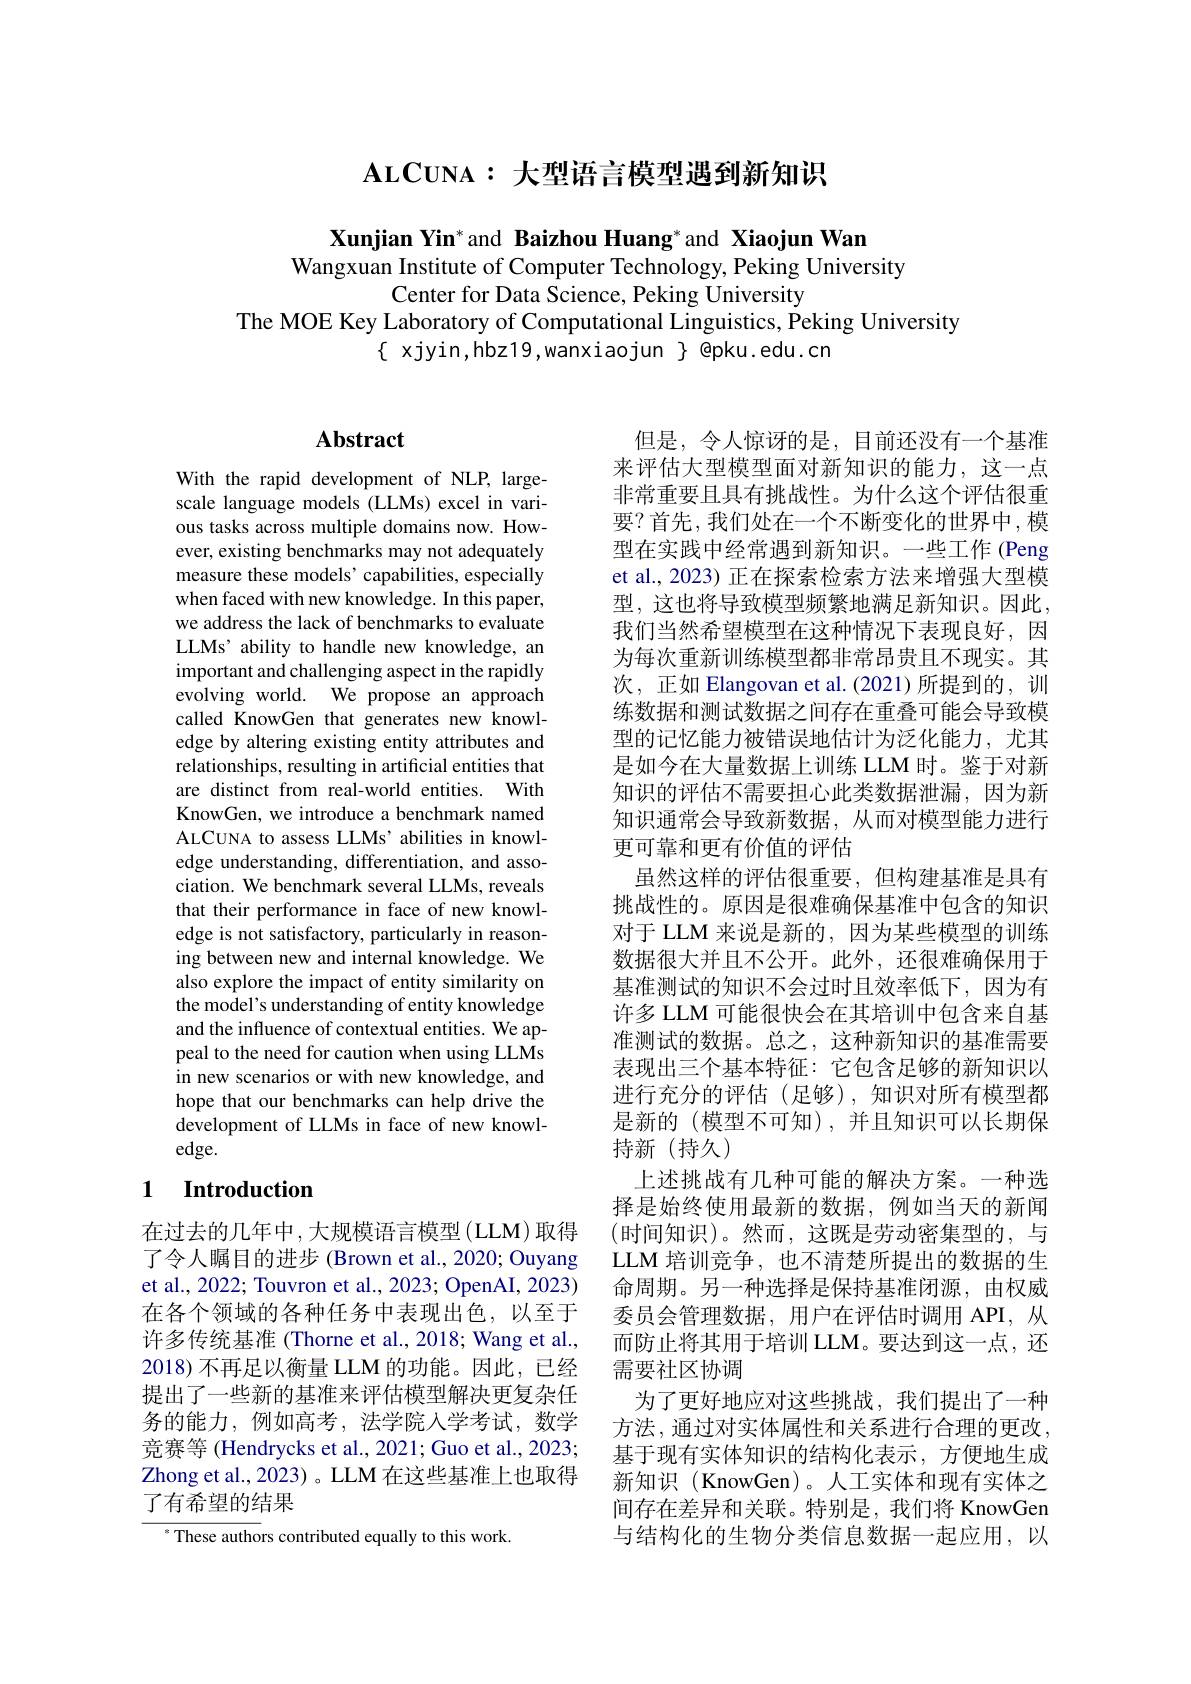
# $\mathbf{ALCUNA:}$大型语言模型遇到新知识

Xunjian Yin$^*$and Baizhou Huang*and Xiaojun Wan
Wangxuan Institute of Computer Technology, Peking University
Center for Data Science, Peking University
The MOE Key Laboratory of Computational Linguistics, Peking University
$\{$ xjyin,hbz19,wanxiaojun $\}$ @pku.edu.cn

# Abstract

With the rapid development of NLP, largescale language models (LLMs) excel in various tasks across multiple domains now. However, existing benchmarks may not adequately measure these models' capabilities, especially when faced with new knowledge. In this paper, we address the lack of benchmarks to evaluate LLMs’ ability to handle new knowledge, an important and challenging aspect in the rapidly evolving world. We propose an approach called KnowGen that generates new knowledge by altering existing entity attributes and relationships, resulting in artificial entities that are distinct from real-world entities. With KnowGen, we introduce a benchmark named ALCUNA to assess LLMs’ abilities in knowledge understanding, differentiation, and association. We benchmark several LLMs, reveals that their performance in face of new knowledge is not satisfactory, particularly in reasoning between new and internal knowledge. We also explore the impact of entity similarity on the model's understanding of entity knowledge and the influence of contextual entities. We appeal to the need for caution when using LLMs in new scenarios or with new knowledge, and hope that our benchmarks can help drive the development of LLMs in face of new knowledge.

## 1 Introduction

在过去的几年中，大规模语言模型(LLM)取得了令人瞩目的进步 (Brown et al., 2020; Ouyang et al., 2022; Touvron et al., 2023; OpenAI, 2023) 在各个领域的各种任务中表现出色，以至于许多传统基准 (Thorne et al., 2018; Wang et al., 2018)不再足以衡量 LLM 的功能。因此，已经提出了一些新的基准来评估模型解决更复杂任务的能力，例如高考，法学院人学考试，数学竞赛等 (Hendrycks et al., 2021; Guo et al., 2023; Zhong et al., 2023) 。LLM 在这些基准上也取得了有希望的结果

$^{*}$ These authors contributed equally to this work

但是，令人惊讶的是，目前还没有一个基准来评估大型模型面对新知识的能力，这一点非常重要且具有挑战性。为什么这个评估很重要？首先，我们处在一个不断变化的世界中，模型在实践中经常遇到新知识。一些工作 (Peng et al., 2023) 正在探索检索方法来增强大型模型，这也将导致模型频繁地满足新知识。因此， 我们当然希望模型在这种情况下表现良好，因为每次重新训练模型都非常昂贵且不现实。其次，正如 Elangovan et al.(2021)所提到的，训练数据和测试数据之间存在重叠可能会导致模型的记忆能力被错误地估计为泛化能力，尤其是如今在大量数据上训练 LLM 时。鉴于对新知识的评估不需要担心此类数据泄漏，因为新知识通常会导致新数据，从而对模型能力进行更可靠和更有价值的评估
虽然这样的评估很重要，但构建基准是具有挑战性的。原因是很难确保基准中包含的知识对于 LLM 来说是新的，因为某些模型的训练数据很大并且不公开。此外，还很难确保用于基准测试的知识不会过时且效率低下，因为有许多 LLM 可能很快会在其培训中包含来自基准测试的数据。总之，这种新知识的基准需要表现出三个基本特征：它包含足够的新知识以进行充分的评估(足够),知识对所有模型都是新的(模型不可知),并且知识可以长期保持新(持久)
上述挑战有几种可能的解决方案。一种选择是始终使用最新的数据，例如当天的新闻(时间知识)。然而，这既是劳动密集型的，与LLM 培训竞争，也不清楚所提出的数据的生命周期。另一种选择是保持基准闭源，由权威委员会管理数据，用户在评估时调用 API,从而防止将其用于培训 LLM。要达到这一点，还需要社区协调
为了更好地应对这些挑战，我们提出了一种方法，通过对实体属性和关系进行合理的更改， 基于现有实体知识的结构化表示，方便地生成新知识(KnowGen)。人工实体和现有实体之间存在差异和关联。特别是，我们将 KnowGen 与结构化的生物分类信息数据一起应用，以